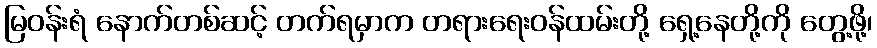
မြဝန်းရံ နောက်တစ်ဆင့် တက်ရမှာက တရားရေးဝန်ထမ်းတို့ ရှေ့နေတို့ကို တွေ့ဖို့၊